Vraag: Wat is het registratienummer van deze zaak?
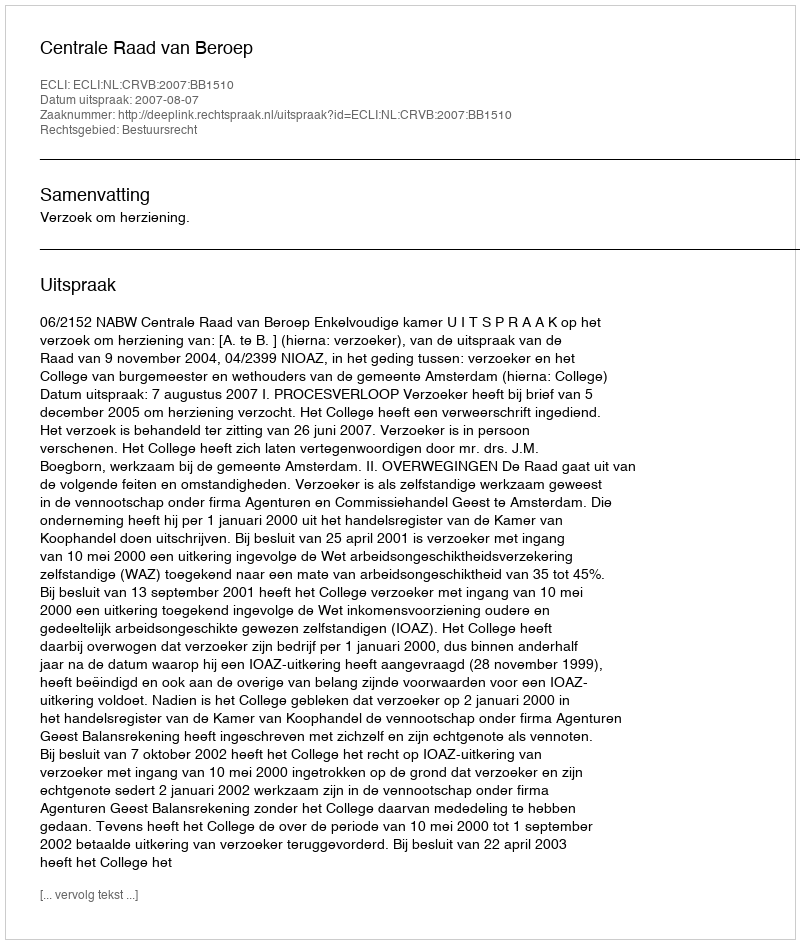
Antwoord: http://deeplink.rechtspraak.nl/uitspraak?id=ECLI:NL:CRVB:2007:BB1510